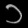
Digit: ၁